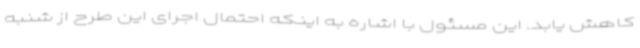
کاهش یابد. این مسئول با اشاره به اینکه احتمال اجرای این طرح از شنبه